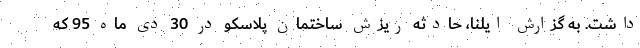
داشت. به گزارش ایلنا، حادثه ریزش ساختمان پلاسکو در 30 دی ماه 95 که